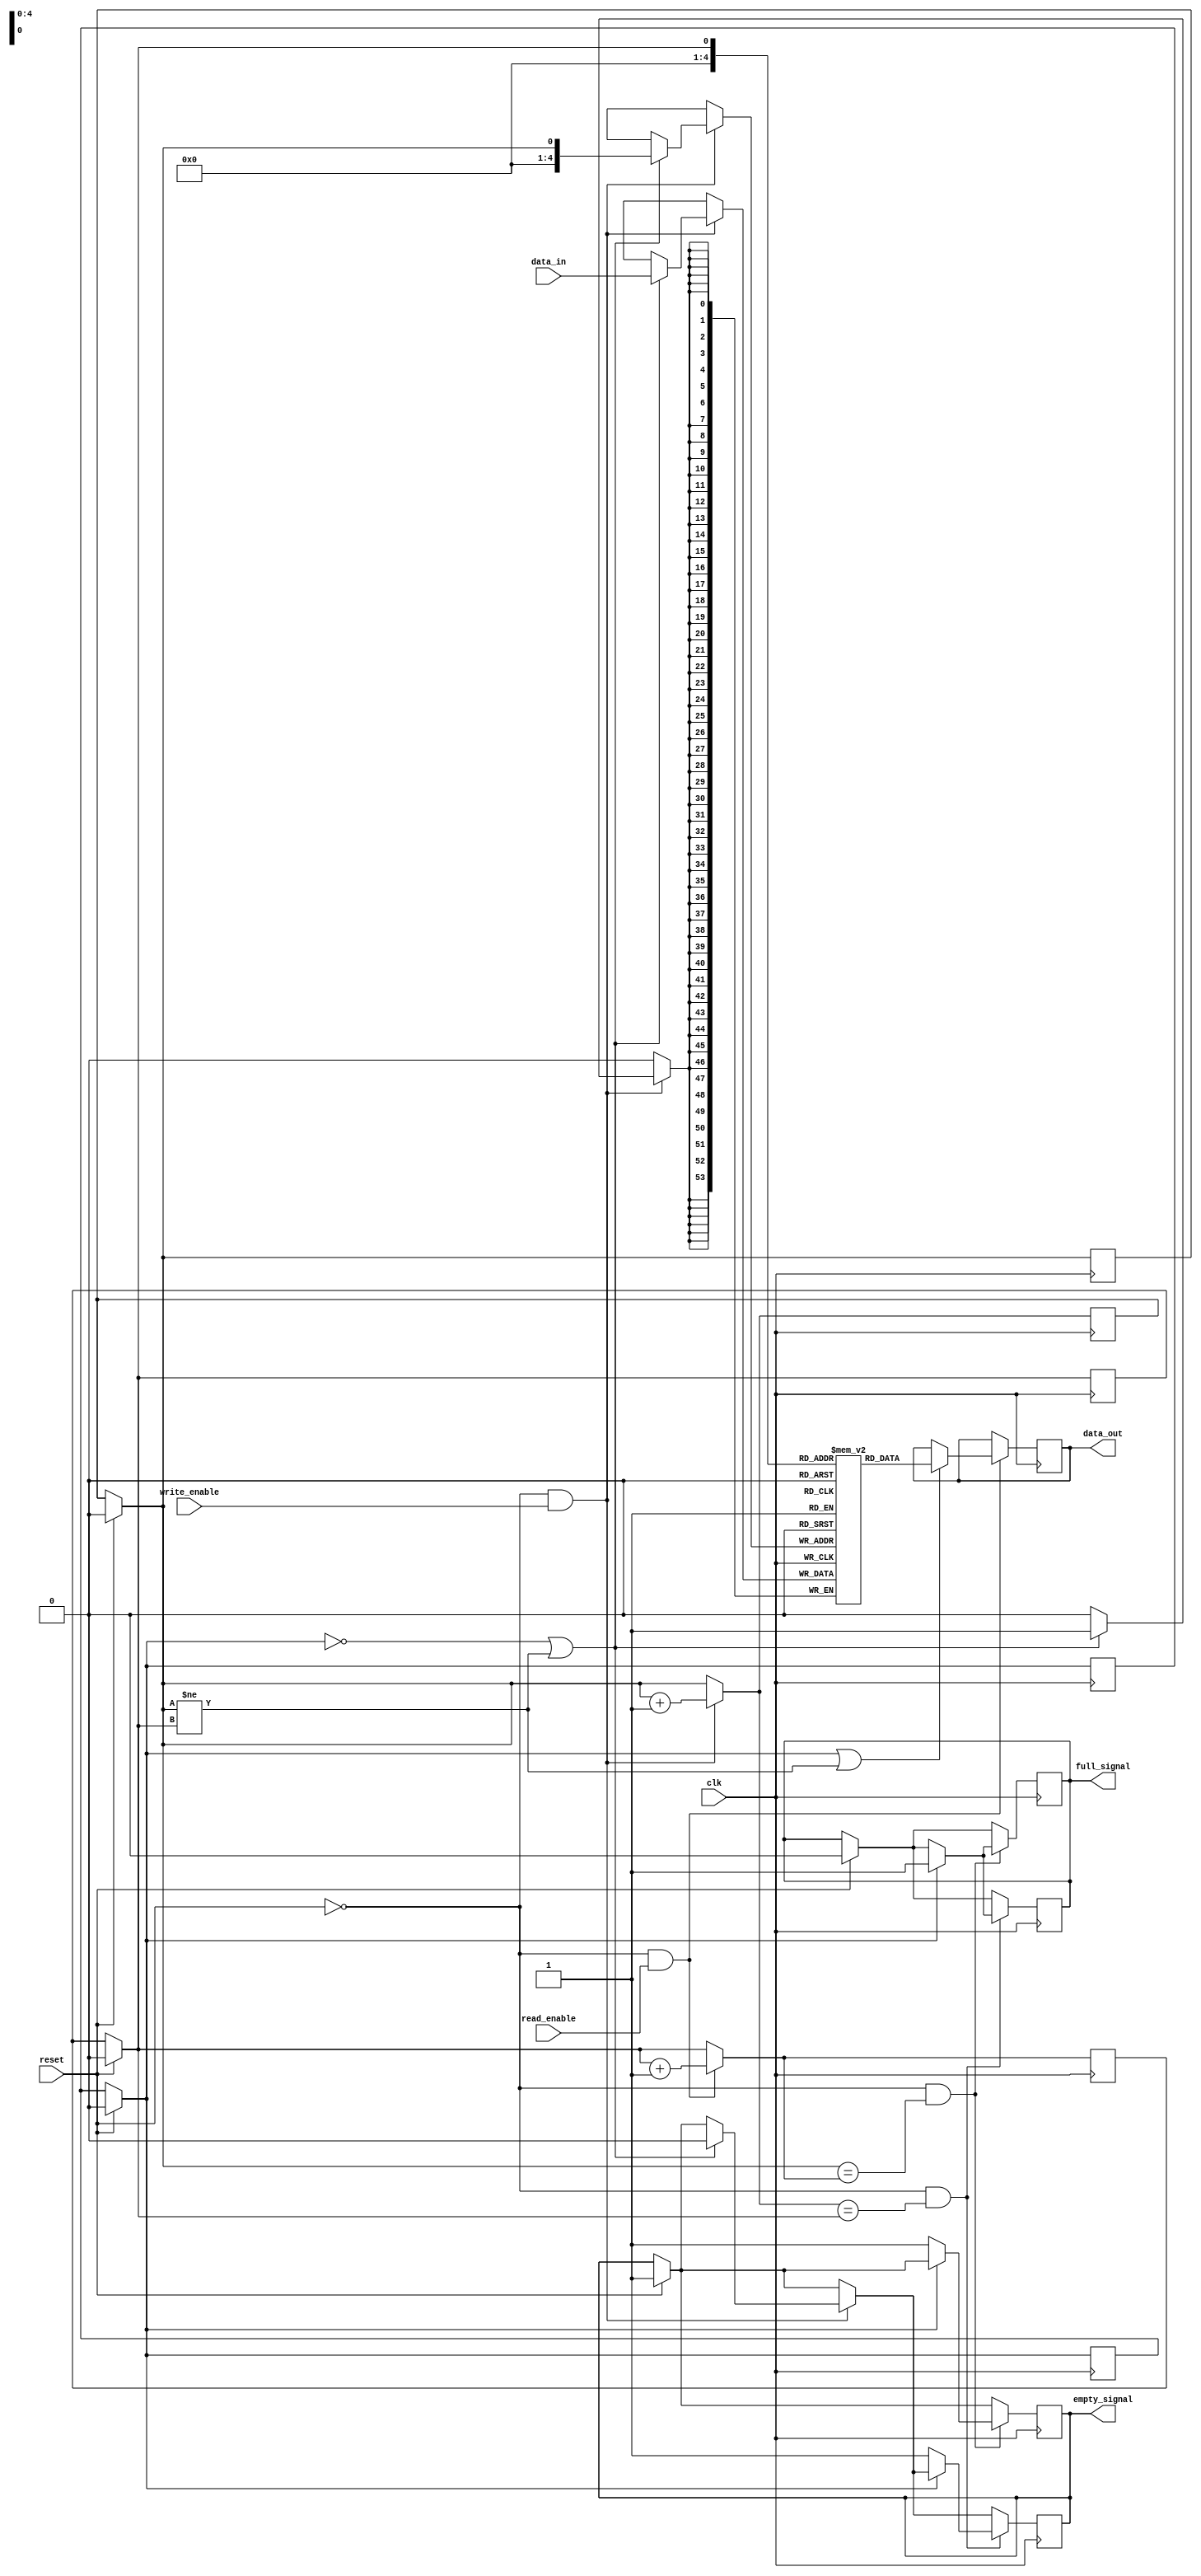
module fifos(clk,reset,write_enable,read_enable,data_in,data_out,empty_signal,full_signal);

parameter word_size = 54;
parameter fifo_size = 20;
input clk,reset;
input write_enable,read_enable;
input [word_size-1:0] data_in;
output [word_size-1:0] data_out;
output empty_signal;
output full_signal;
reg [word_size-1:0] data_out;
reg looped;      //bool variable 0-false 1-true
reg [word_size-1:0] memory[fifo_size:0];
reg head,tail;
reg empty_signal;
reg full_signal;

always @(posedge clk)
		begin
			if(reset==1)
				begin
					head = 0;
					tail = 0;
					looped = 0;
					full_signal = 0;
					empty_signal = 1;
				end
			if(reset!=1&&write_enable==1)
				begin
					//$display("%d",data_in);
					//$display("workd");
					if((looped==0)||(head!=tail))
						begin
							empty_signal = 0;
							memory[head] = data_in;
						end
					if(head==fifo_size)
						begin
							head = 0;
							looped = 1;
						end
					else 
						begin
							head = head + 1;
						end
				end
			if(reset!=1&&head==tail)
				begin
					if(looped==1)
						begin
							full_signal = 1;
						end
					else
						begin
							empty_signal = 1;
						end
				end
		end

always @(negedge clk)
		begin
			if(reset==1)
				begin
					head = 0;
					tail = 0;
					looped = 0;
					full_signal = 0;
					empty_signal = 1;
				end
			if(reset!=1&&read_enable==1)
				begin
					if((looped==1)||(head!=tail))
						begin	
							data_out = memory[tail];
						end
					if(tail==fifo_size)
						begin
							tail = 0;
							looped = 0;
						end
					else
						begin
							tail = tail + 1;
						end
				end
			if(reset!=1&&head==tail)
				begin
					if(looped==1)
						begin
							full_signal = 1;
						end
					else
						begin
							//$display("loope");
							empty_signal = 1;
						end
				end
		end

endmodule

/*module test;

reg clk,reset;
reg write_enable;
reg read_enable;
reg[53:0] data_in; 
wire[53:0] data_out;
wire empty_signal;
wire full_signal;

fifos f(.clk(clk),.reset(reset),.write_enable(write_enable),.read_enable(read_enable),.data_in(data_in),.data_out(data_out),.empty_signal(empty_signal),.full_signal(full_signal));

always @(*)
		begin
#5 clk<=	~clk;
		end


initial begin
$monitor("%d",data_out);
clk = 0;reset = 1;
#20 reset = 0;write_enable = 1;data_in = 20;
#50 write_enable = 0;
#20 read_enable = 1;
#20 read_enable = 0;
#100 $finish;
end



endmodule*/